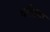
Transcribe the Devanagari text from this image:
धर्मतला